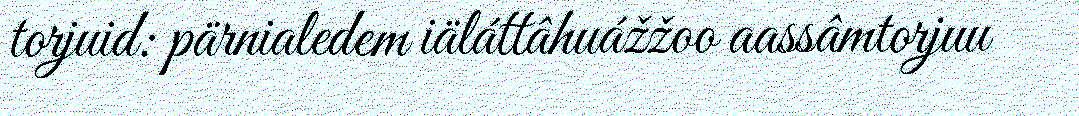
torjuid: pärnialedem iäláttâhuážžoo aassâmtorjuu